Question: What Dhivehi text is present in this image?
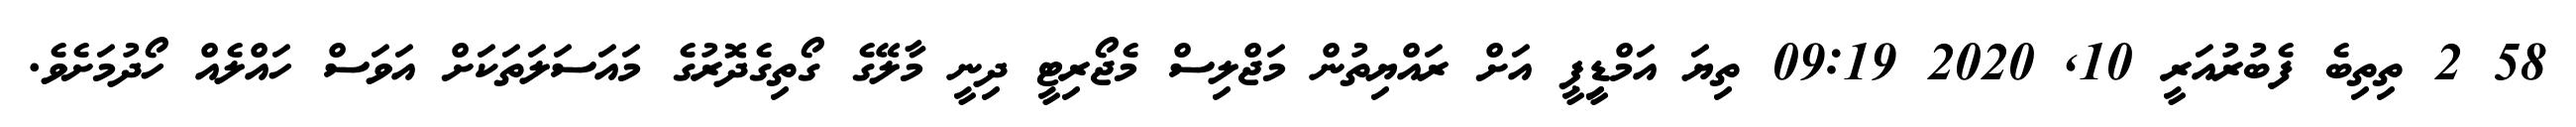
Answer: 58 2 ތިތިބެ ފެބުރުއަރީ 10, 2020 09:19 ތިޔަ އަމްޑިީޕީ އަށް ރައްޔިތުން މަޖްލިސް މެޖޯރިޓީ ދިނީ މާލޭގެ ގޯތިގެދޮރުގެ މައަސަލަތަކަށް އަވަސް ހައްލެއް ހޯދުމަށެވެ.